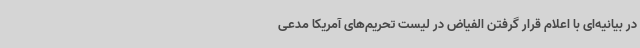
در بیانیه‌ای با اعلام قرار گرفتن الفیاض در لیست تحریم‌های آمریکا مدعی